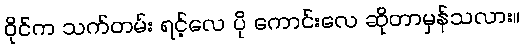
ဝိုင်က သက်တမ်း ရင့်လေ ပို ကောင်းလေ ဆိုတာမှန်သလား။